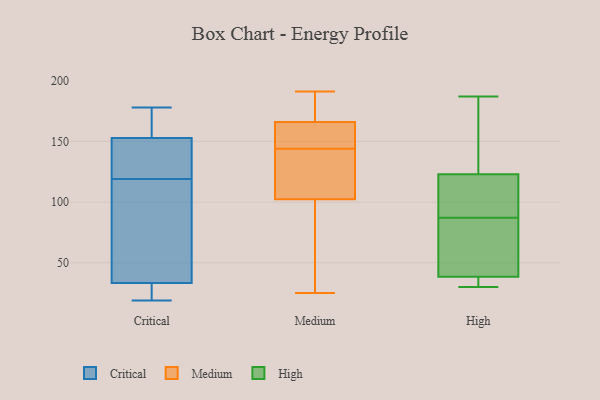
{"axis": {"x": "Net Income (USD K)", "y": "Value"}, "legend": ["Critical", "High", "Medium"], "data": [{"x": "", "y": 33, "type": "Critical"}, {"x": "", "y": 34, "type": "Critical"}, {"x": "", "y": 89, "type": "Critical"}, {"x": "", "y": 143, "type": "Critical"}, {"x": "", "y": 167, "type": "Critical"}, {"x": "", "y": 156, "type": "Critical"}, {"x": "", "y": 119, "type": "Critical"}, {"x": "", "y": 21, "type": "Critical"}, {"x": "", "y": 19, "type": "Critical"}, {"x": "", "y": 141, "type": "Critical"}, {"x": "", "y": 178, "type": "Critical"}, {"x": "", "y": 101, "type": "Medium"}, {"x": "", "y": 144, "type": "Medium"}, {"x": "", "y": 121, "type": "Medium"}, {"x": "", "y": 171, "type": "Medium"}, {"x": "", "y": 106, "type": "Medium"}, {"x": "", "y": 88, "type": "Medium"}, {"x": "", "y": 158, "type": "Medium"}, {"x": "", "y": 25, "type": "Medium"}, {"x": "", "y": 166, "type": "Medium"}, {"x": "", "y": 166, "type": "Medium"}, {"x": "", "y": 191, "type": "Medium"}, {"x": "", "y": 187, "type": "High"}, {"x": "", "y": 119, "type": "High"}, {"x": "", "y": 59, "type": "High"}, {"x": "", "y": 87, "type": "High"}, {"x": "", "y": 30, "type": "High"}, {"x": "", "y": 39, "type": "High"}, {"x": "", "y": 68, "type": "High"}, {"x": "", "y": 174, "type": "High"}, {"x": "", "y": 37, "type": "High"}, {"x": "", "y": 135, "type": "High"}, {"x": "", "y": 89, "type": "High"}, {"x": "", "y": 115, "type": "High"}, {"x": "", "y": 30, "type": "High"}]}